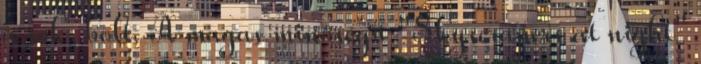
a sok, bolt. A magas minőségű "Skyscrapers at night"